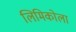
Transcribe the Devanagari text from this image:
लिमिकोला